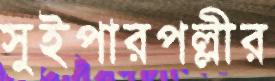
সুইপারপল্লীর